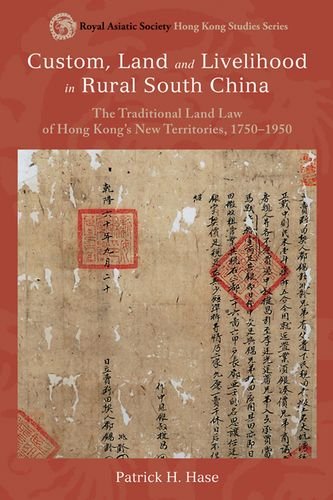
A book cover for Custom, Land, and Livelihood in Rural South China: The Traditional Land Law of Hong Kong's New Territories, 1750-1950 (Royal Asiatic Society Hong Kong Studies Series); Patrick Hase; Law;